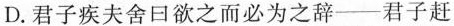
D.君子疾夫舍口欲之而必为之辞——君子赶